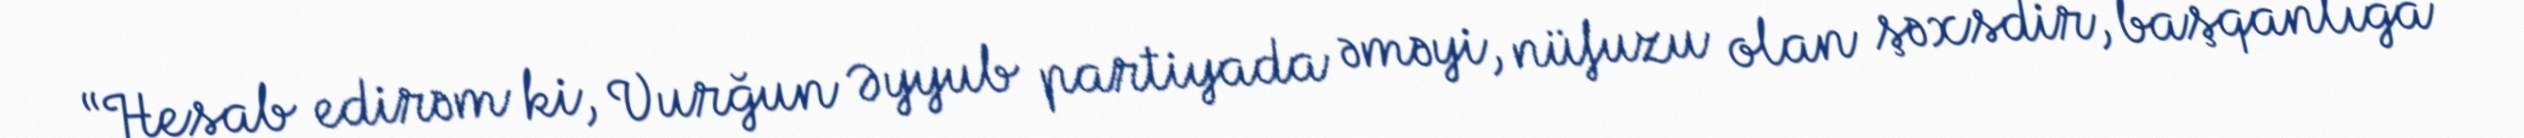
“Hesab edirəm ki, Vurğun Əyyub partiyada əməyi, nüfuzu olan şəxsdir, başqanlığa